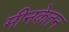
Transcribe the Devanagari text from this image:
मीनकेतन